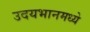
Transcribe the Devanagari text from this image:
उदयभानमध्ये